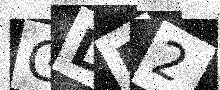
Text: GDP2